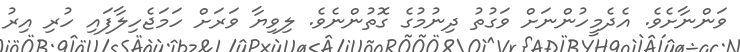
ވަންނާށެވެ. އެދެމީހުންނަށް ވަގުތު ދިނުމުގެ ގޮތުންނެވެ. ލިވިޔާ ވަރަށް ހަމަޖެހިލާފައި ހުރި އިރު